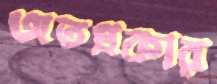
অতপ্রকার